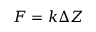
F = k \Delta Z